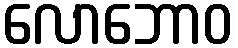
လောဘောဝ